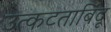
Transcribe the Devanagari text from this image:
उत्कटताबिंदू